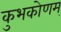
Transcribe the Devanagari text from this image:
कुभकोणम्